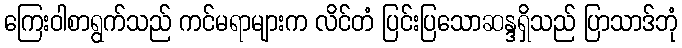
ကြေးဝါစာရွက်သည် ကင်မရာများက လိင်တံ ပြင်းပြသောဆန္ဒရှိသည် ပြာသာဒ်ဘုံ